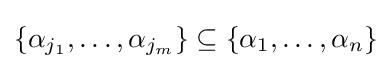
\{\alpha _{j_{1}},\ldots ,\alpha _{j_{m}}\}\subseteq \{\alpha _{1},\ldots ,\alpha _{n}\}